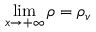
\operatorname* { l i m } _ { x \rightarrow + \infty } \rho = \rho _ { v }